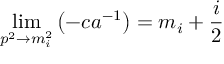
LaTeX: \operatorname * { l i m } _ { p ^ { 2 } \rightarrow m _ { i } ^ { 2 } } \left( - c a ^ { - 1 } \right) = m _ { i } + \frac { i } { 2 }